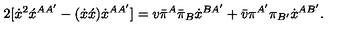
2 [ \dot { x } ^ { 2 } \acute { x } ^ { A A ^ { \prime } } - ( \dot { x } \acute { x } ) \dot { x } ^ { A A ^ { \prime } } ] = v \bar { \pi } ^ { A } \bar { \pi } _ { B } \dot { x } ^ { B A ^ { \prime } } + \bar { v } \pi ^ { A ^ { \prime } } \pi _ { B ^ { \prime } } \dot { x } ^ { A B ^ { \prime } } .